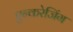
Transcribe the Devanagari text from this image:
एन्करेजिंग